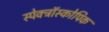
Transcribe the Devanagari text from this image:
स्पेक्ट्रॉस्कोपिक